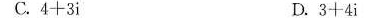
C. 4+3i D. 3+4i